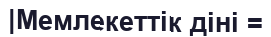
|Мемлекеттік діні =